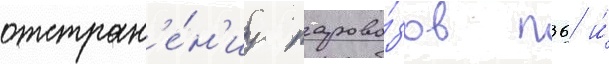
отстран'е́н'иу парово́зов п36 и́